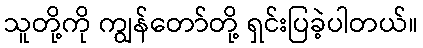
သူတို့ကို ကျွန်တော်တို့ ရှင်းပြခဲ့ပါတယ်။